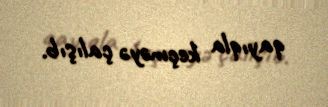
qayıqla keçməyə çalışıb.